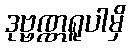
ဒုဗ္ဗဏ္ဏရူပါမှိ